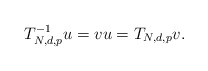
\begin{align*}T_{N,d,p}^{-1}u=vu=T_{N,d,p}v.\end{align*}